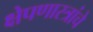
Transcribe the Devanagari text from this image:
क्षेपणास्त्रांचे